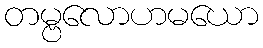
တမ္ဗလောဟမယော